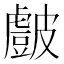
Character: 𭽷